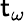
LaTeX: \mathsf{t}_{\omega}